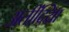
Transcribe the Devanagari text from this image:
अतींद्य्राि